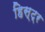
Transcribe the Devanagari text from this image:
हिस्ट्र